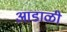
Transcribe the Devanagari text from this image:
आडाळी